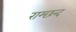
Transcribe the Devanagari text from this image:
राम्छन्द